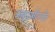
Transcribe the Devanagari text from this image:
अबुधाबीपर्यंत